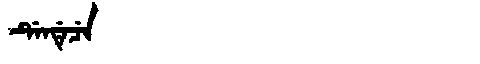
Manchu: ᡩᡝᠨᡩᡝᠴᡝ
Romanization: DENDECE